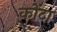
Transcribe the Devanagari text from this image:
कोंटा